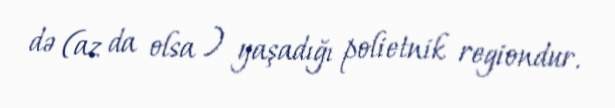
də (az da olsa ) yaşadığı polietnik regiondur.